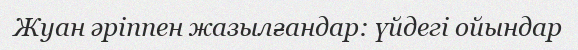
Жуан әріппен жазылғандар: үйдегі ойындар